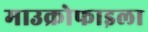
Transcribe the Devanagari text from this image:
माउक्रोफाइला